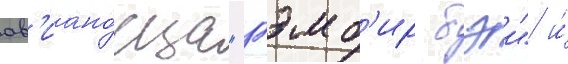
ав'иано́сца "гэмб'ир бэи" и́